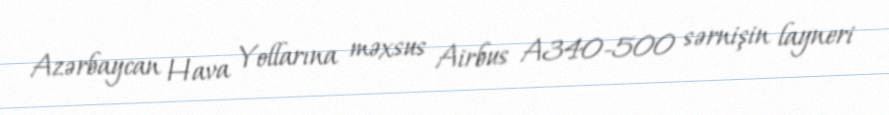
Azərbaycan Hava Yollarına məxsus Airbus A340-500 sərnişin layneri